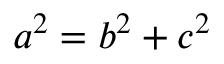
a ^ { 2 } = b ^ { 2 } + c ^ { 2 }